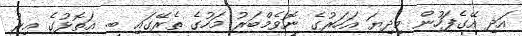
އަދި އޭގެފަހުން މިދިޔަ އަހަރުގެ ނޮވެމްބަރު މަހުގެ ތެރޭގައި ބ. އަތޮޅުގެ އިރު